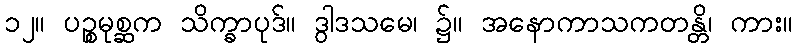
၁၂။ ပဉ္စမုစ္ဆက သိက္ခာပုဒ်။ ဒွါဒသမေ၊ ၌။ အနောကာသကတန္တိ၊ ကား။